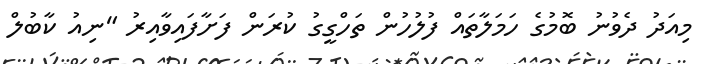
މިއަދު ދެވުނު ބޮމުގެ ހަމަލާތައް ފުލުހުން ތަހްގީގު ކުރަން ފަށާފައިވާއިރު "ނިއު ކާބުލް